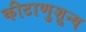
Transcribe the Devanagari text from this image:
कीटाणुशून्य